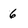
Character: 6